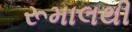
રૂમાલથી